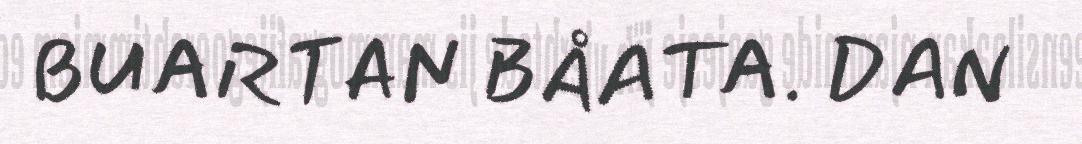
BUARTAN BÅATA. DAN